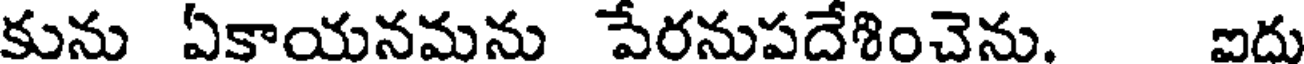
కును ఏకాయనమను పేరనుపదేశించెను. ఐదు